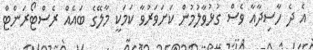
އެ ދެ ހާސިދާއާ ވެސް ގުޅުވާލުމުން ކަށަވަރުވާ ކަމަކީ މާލޭގެ ބައެއް ރެސްޓޯރަންޓް